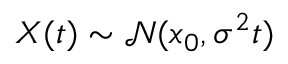
X ( t ) \sim \mathcal { N } ( x _ { 0 } , \sigma ^ { 2 } t )